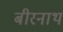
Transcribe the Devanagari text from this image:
बीरनाथ